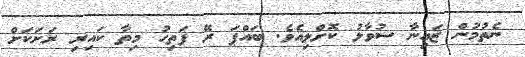
ނެތުމުން ޒައިނާ ސުވާލު ކޮށްލިއެވެ. ބައްޕަ ރޭ ފަތިހު މިތާ ކައިރި ރަށަކަށް